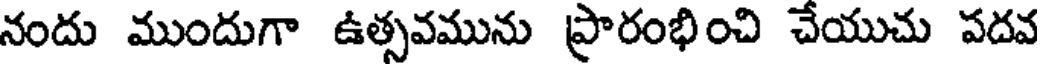
నందు ముందుగా ఉత్సవమును ప్రారంభించి చేయుచు పదవ